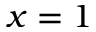
x = 1